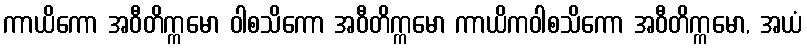
ကာယိကော အဝီတိက္ကမော ဝါစသိကော အဝီတိက္ကမော ကာယိကဝါစသိကော အဝီတိက္ကမော, အယံ